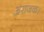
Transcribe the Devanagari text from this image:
अराजक।